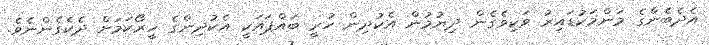
އެދެބެންގެ މަންމަކުޑައިރު ވަކިވެގެން ދިޔުމުން އެކުދިން ހުރީ ބައްޕައަކީ އެކުދިންގެ ހީރޯކަމަށް ދެކެގެންނެވެ.